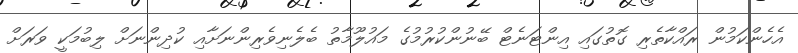
އެހެންކަމުން ރައްކާތެރި ގޮތުގައި އިންޓަނެޓް ބޭނުންކުރުމުގެ މައުލޫމާތު ބެލެނިވެރިންނަށާއި ކުދިންނަށް ލިބުމަކީ ވަރަށް